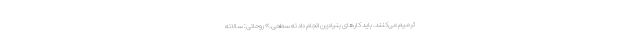
ترمیم می‌کنند. باید کارهای بنیادین انجام داد نه سطحی.» روحانی: سالانه